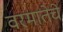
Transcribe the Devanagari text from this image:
वरमातेचे